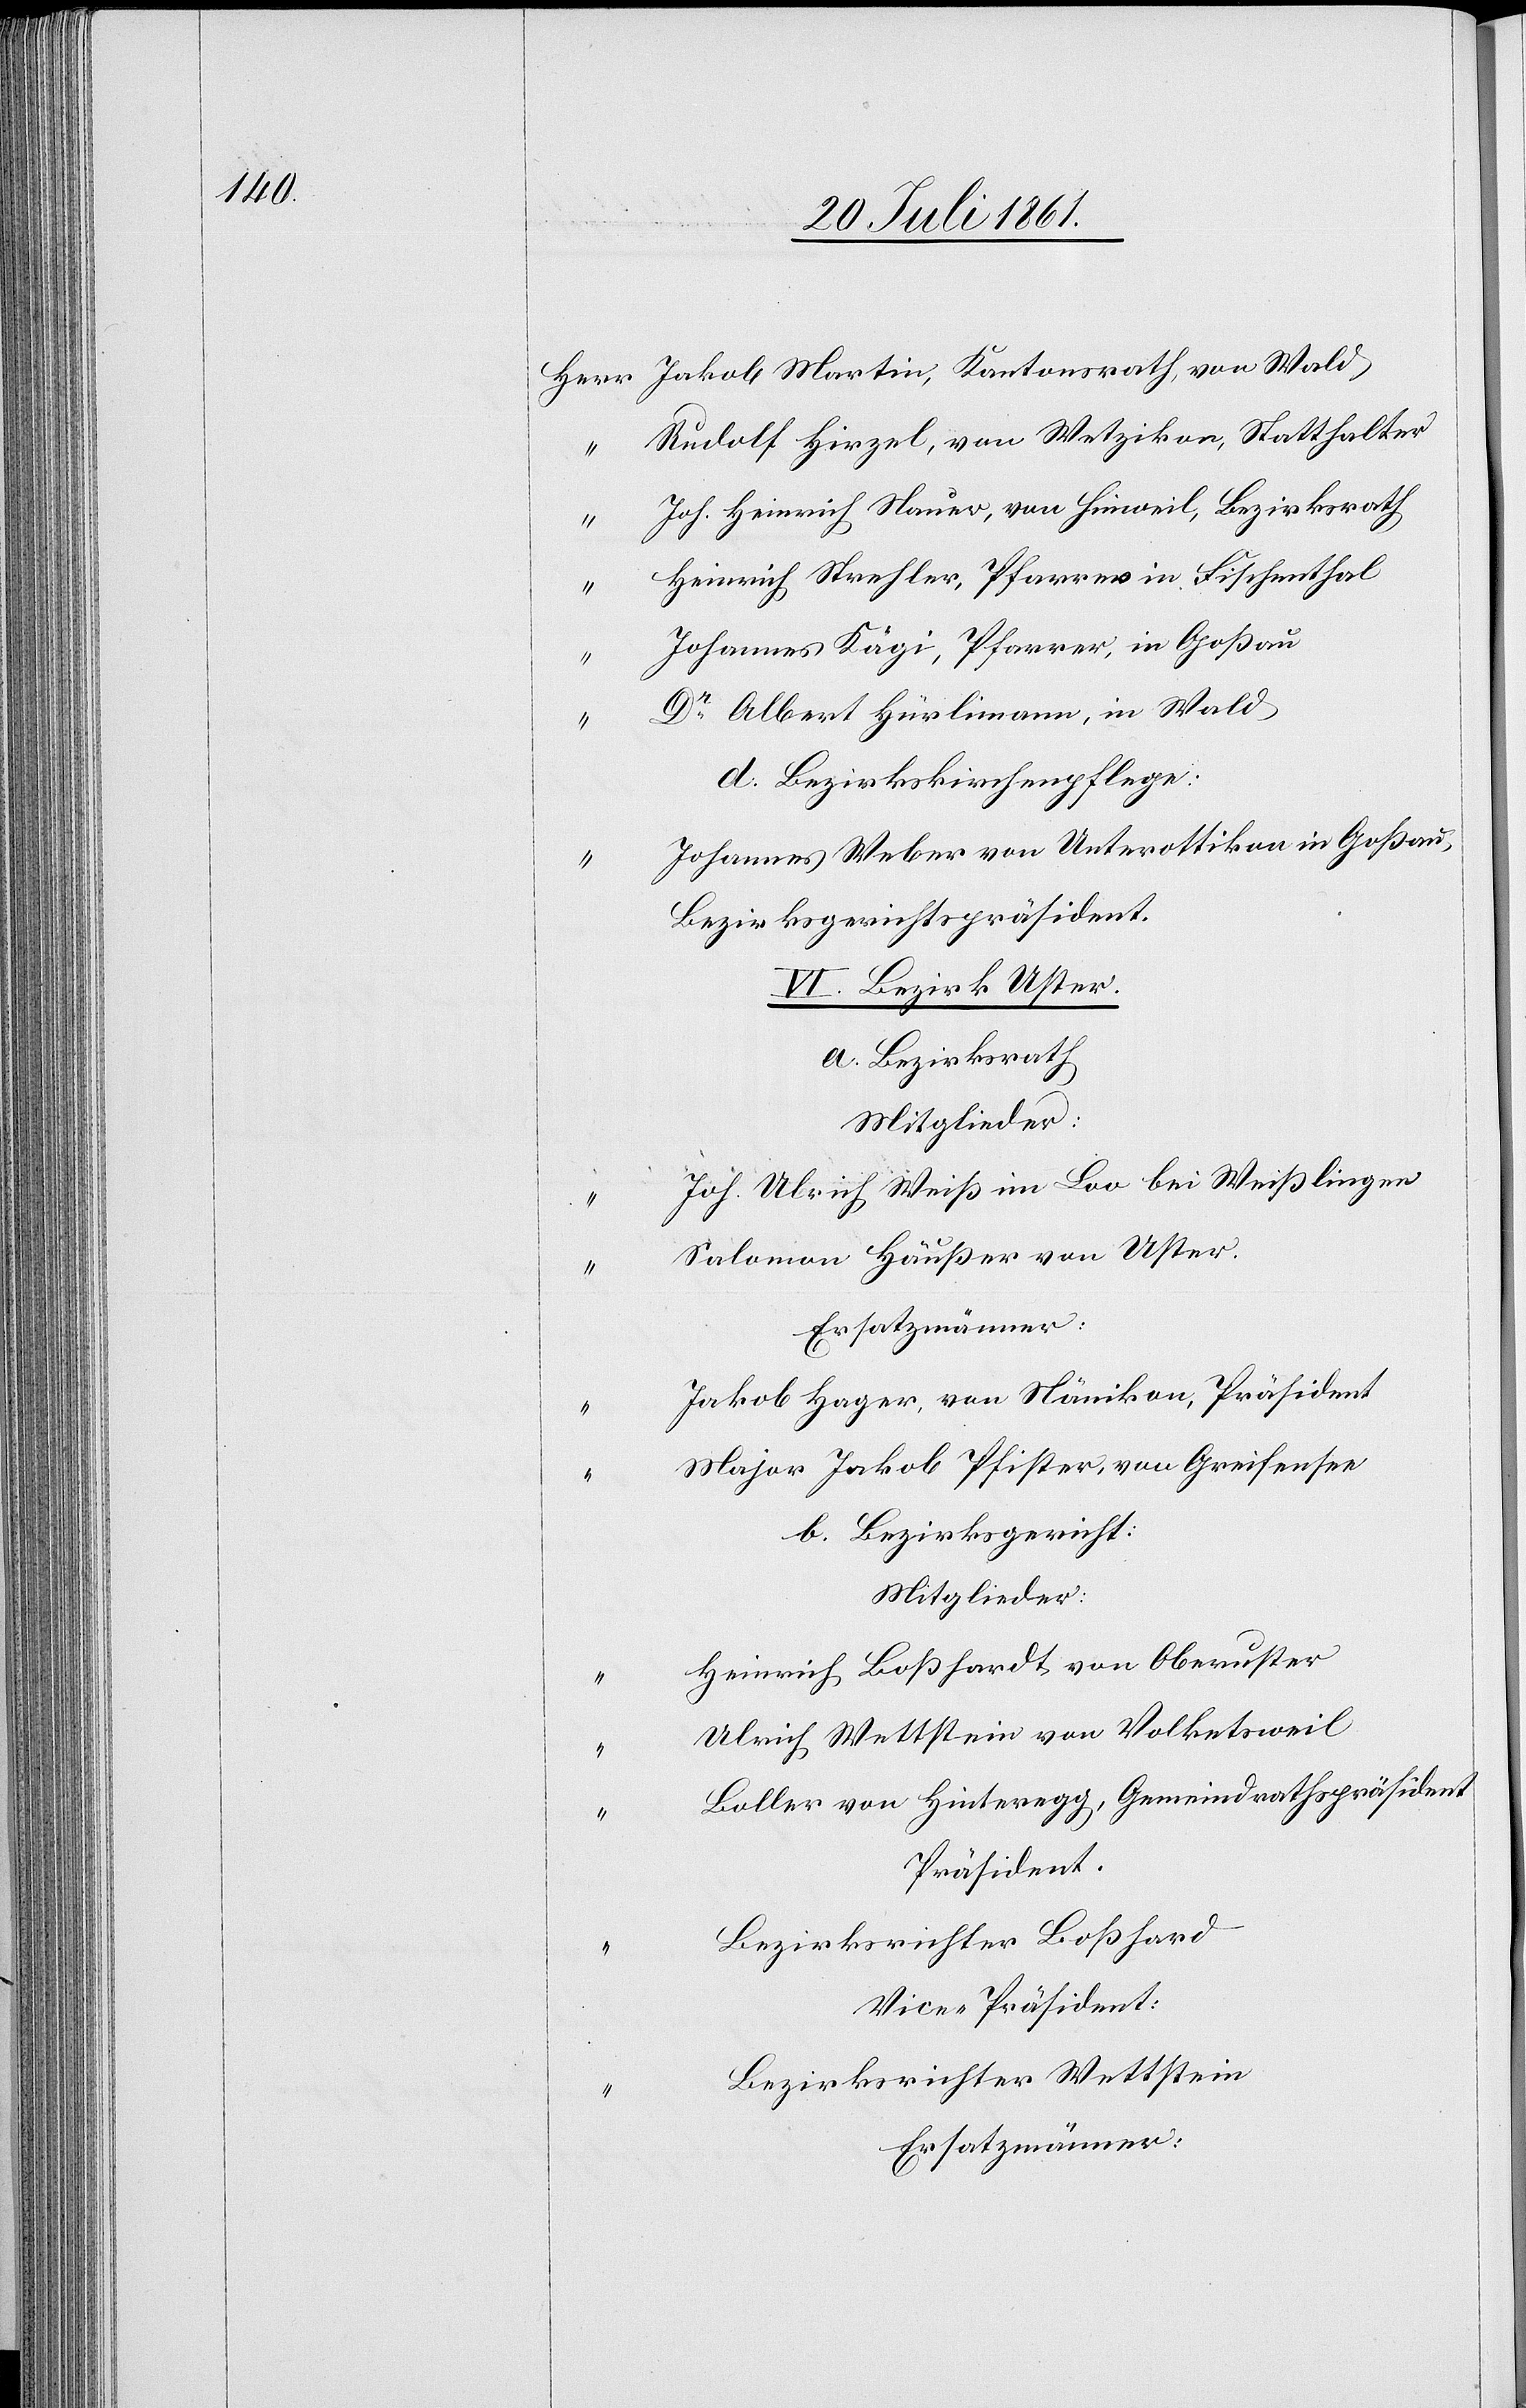
Herr Jakob Martin, Kantonsrath, von Wald
Rudolf Hirzel, von Wetzikon, Statthalter
Joh. Heinrich Nauer, von Hinweil, Bezirksrath
Heinrich Strechler, Pfarrer in Fischenthal
Johannes Kägi, Pfarrer, in Goßau
Dr Albert Hürlimann, in Wald
d. Bezirksschulpflege:
Johannes Weber von Unterottikon in Goßau,
Bezirksgerichtspräsident.
VI. Bezirk Uster.
a. Bezirksrath
Mitglieder:
Joh. Ulrich Weiß im Loo bei Weißlingen
Salomon Häußer von Uster.
Ersatzmänner:
Jakob Hager, von Nänikon, Präsident
Major Jakob Pfister, von Greifensee
b. Bezirksgericht:
Mitglieder:
Heinrich Boßhardt von Oberuster
Ulrich Wettstein von Volketsweil
Boller von Hinteregg, Gemeindrathspräsident
Präsident.
Bezirksrichter Boßhard
Vice-Präsident:
Bezirksrichter Wettstein
Ersatzmänner: